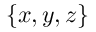
\{ x , y , z \}